Insane asylums in Bengal annual reports 1867-1875 - 1867-1875
Year: 1867
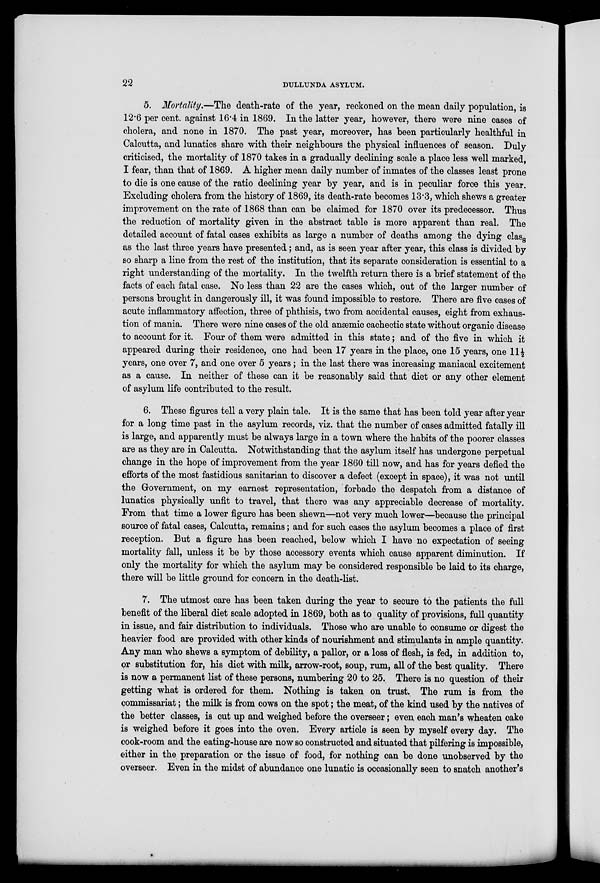
22
DULLUNDA ASYLUM.
5. Mortality.—The death-rate of the year, reckoned on the mean daily population, is
12.6 per cent. against 16.4 in 1869. In the latter year, however, there were nine cases of
cholera, and none in 1870. The past year, moreover, has been particularly healthful in
Calcutta, and lunatics share with their neighbours the physical influences of season. Duly
criticised, the mortality of 1870 takes in a gradually declining scale a place less well marked,
I fear, than that of 1869. A higher mean daily number of inmates of the classes least prone
to die is one cause of the ratio declining year by year, and is in peculiar force this year.
Excluding cholera from the history of 1869, its death-rate becomes 13.3, which shews a greater
improvement on the rate of 1868 than can be claimed for 1870 over its predecessor. Thus
the reduction of mortality given in the abstract table is more apparent than real. The
detailed account of fatal cases exhibits as large a number of deaths among the dying class
as the last three years have presented; and, as is seen year after year, this class is divided by
so sharp a line from the rest of the institution, that its separate consideration is essential to a
right understanding of the mortality. In the twelfth return there is a brief statement of the
facts of each fatal case. No less than 22 are the cases which, out of the larger number of
persons brought in dangerously ill, it was found impossible to restore. There are five cases of
acute inflammatory affection, three of phthisis, two from accidental causes, eight from exhaus-
tion of mania. There were nine cases of the old anæmic cachectic state without organic disease
to account for it. Four of them were admitted in this state; and of the five in which it
appeared during their residence, one had been 17 years in the place, one 15 years, one 11½
years, one over 7, and one over 5 years; in the last there was increasing maniacal excitement
as a cause. In neither of these can it be reasonably said that diet or any other element
of asylum life contributed to the result.
6. These figures tell a very plain tale. It is the same that has been told year after year
for a long time past in the asylum records, viz. that the number of cases admitted fatally ill
is large, and apparently must be always large in a town where the habits of the poorer classes
are as they are in Calcutta. Notwithstanding that the asylum itself has undergone perpetual
change in the hope of improvement from the year 1860 till now, and has for years defied the
efforts of the most fastidious sanitarian to discover a defect (except in space), it was not until
the Government, on my earnest representation, forbade the despatch from a distance of
lunatics physically unfit to travel, that there was any appreciable decrease of mortality.
From that time a lower figure has been shewn—not very much lower—because the principal
source of fatal cases, Calcutta, remains; and for such cases the asylum becomes a place of first
reception. But a figure has been reached, below which I have no expectation of seeing
mortality fall, unless it be by those accessory events which cause apparent diminution. If
only the mortality for which the asylum may be considered responsible be laid to its charge,
there will be little ground for concern in the death-list.
7. The utmost care has been taken during the year to secure to the patients the full
benefit of the liberal diet scale adopted in 1869, both as to quality of provisions, full quantity
in issue, and fair distribution to individuals. Those who are unable to consume or digest the
heavier food are provided with other kinds of nourishment and stimulants in ample quantity.
Any man who shews a symptom of debility, a pallor, or a loss of flesh, is fed, in addition to,
or substitution for, his diet with milk, arrow-root, soup, rum, all of the best quality. There
is now a permanent list of these persons, numbering 20 to 25. There is no question of their
getting what is ordered for them. Nothing is taken on trust. The rum is from the
commissariat; the milk is from cows on the spot; the meat, of the kind used by the natives of
the better classes, is cut up and weighed before the overseer; even each man's wheaten cake
is weighed before it goes into the oven. Every article is seen by myself every day. The
cook-room and the eating-house are now so constructed and situated that pilfering is impossible,
either in the preparation or the issue of food, for nothing can be done unobserved by the
overseer. Even in the midst of abundance one lunatic is occasionally seen to snatch another's